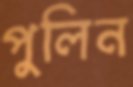
পুলিন